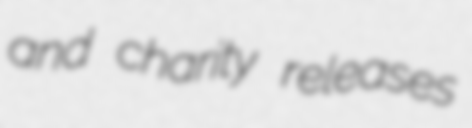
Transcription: and charity releases